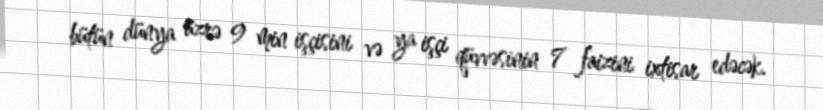
bütün dünya üzrə 9 min işçisini və ya işçi qüvvəsinin 7 faizini ixtisar edəcək.